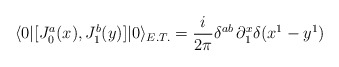
\begin{align*}\langle 0|[J^{a}_{0}(x),J^{b}_{1}(y)]|0\rangle_{E.T.}= \frac{i}{2\pi}\delta^{ab}\,\partial^{x}_{1}\delta(x^{1}-y^{1})\end{align*}